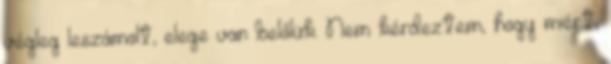
végleg leszámolt, elege van belőlük. Nem kérdeztem, hogy miért,